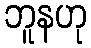
ဘူနဟု